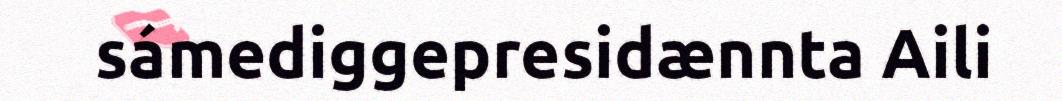
sámediggepresidænnta Aili